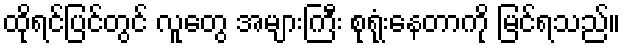
ထိုရင်ပြင်တွင် လူတွေ အများကြီး စုရုံးနေတာကို မြင်ရသည်။